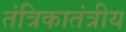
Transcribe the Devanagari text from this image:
तंत्रिकातंत्रीय